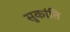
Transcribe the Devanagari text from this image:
सुकांति